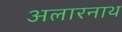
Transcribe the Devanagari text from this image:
अलारनाथ